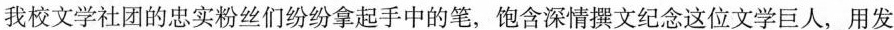
我校文学社团的忠实粉丝们纷纷拿起手中的笔，饱含深情撰文纪念这位文学巨人，用发